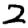
Digit: 2